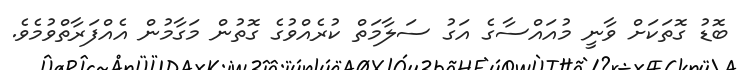
ބޮޑު ގޮތަކަށް ވާނީ މުއައްސާގެ އަގު ސަލާމަތް ކުރެއްވުގެ ގޮތުން މަގާމުން އެއްފަރާތްވުމެވެ.